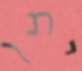
יתן